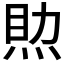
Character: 𤉏